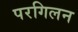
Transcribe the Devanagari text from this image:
परगिलन